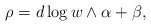
\begin{align*}\rho = d\log w\wedge \alpha + \beta,\end{align*}